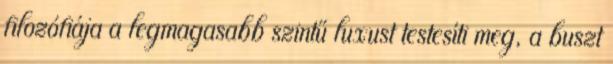
filozófiája a legmagasabb szintű luxust testesíti meg, a buszt